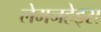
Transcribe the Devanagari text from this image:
लेमनहेड्स